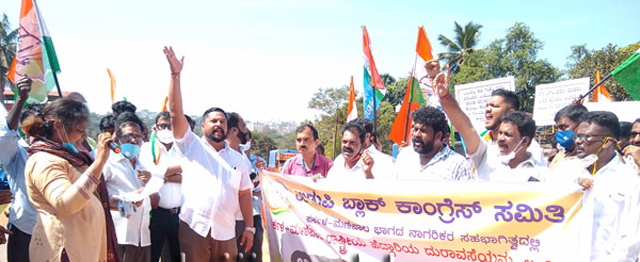
Language: kannada
Transcription: ಕಾಂಗ್ರೆಸ್ ಸಮಿತಿ